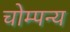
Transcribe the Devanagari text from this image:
चोम्पन्य